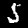
Label: 5